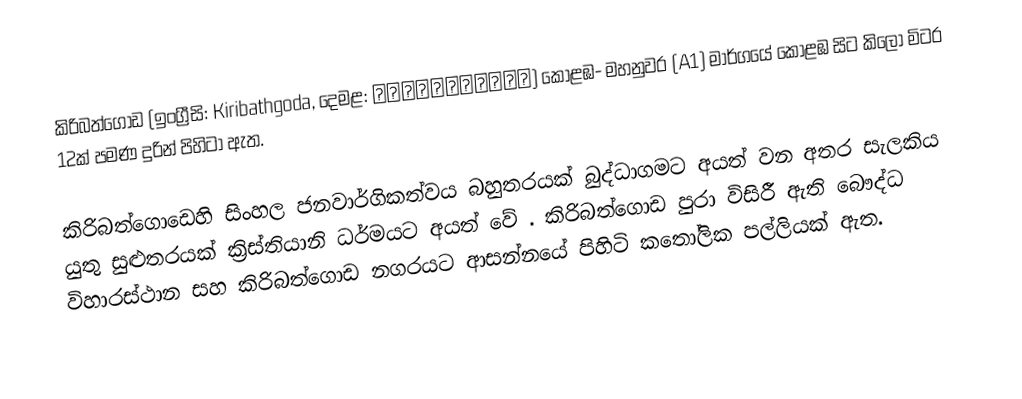
කිරිබත්ගොඩ (ඉංග්‍රීසි: Kiribathgoda, දෙමළ: கிரிபத்கொடை) කොළඹ- මහනුවර (A1) මාර්ගයේ කොළඹ සිට කිලෝ මිටර 12ක් පමණ දුරින් පිහිටා ඇත.

කිරිබත්ගොඩෙහි සිංහල ජනවාර්ගිකත්වය බහුතරයක් බුද්ධාගමට අයත් වන අතර සැලකිය යුතු සුළුතරයක් ක්‍රිස්තියානි ධර්මයට අයත් වේ . කිරිබත්ගොඩ පුරා විසිරී ඇති බෞද්ධ විහාරස්ථාන සහ කිරිබත්ගොඩ නගරයට ආසන්නයේ පිහිටි කතෝලික පල්ලියක් ඇත.